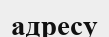
адресу